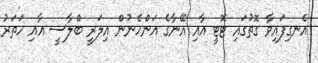
އެނގިފައިވާ ގޮތުގައި ޓޮޓީ އާއި އޭނާގެ އަންހެނުން އިލަރީ ބްލާސީ އާއި ހަތަރު